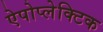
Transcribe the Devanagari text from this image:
ऐपोप्लेक्टिक